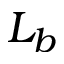
L _ { b }